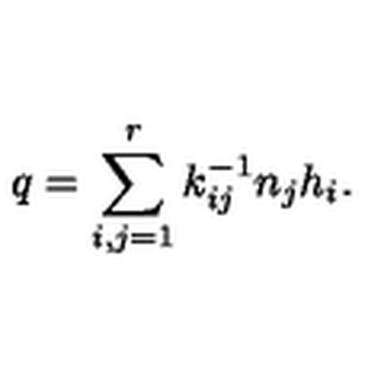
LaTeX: q = \sum _ { i , j = 1 } ^ { r } k _ { i j } ^ { - 1 } n _ { j } h _ { i } .